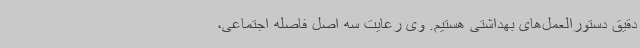
دقیق دستورالعمل‌های بهداشتی هستیم. وی رعایت سه اصل فاصله اجتماعی،